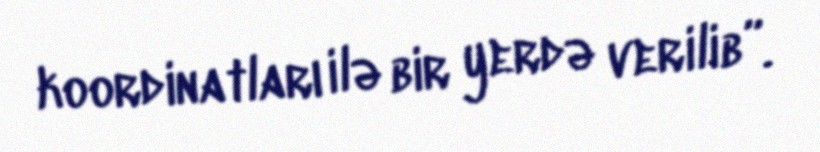
koordinatları ilə bir yerdə verilib”.